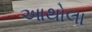
આથોલા